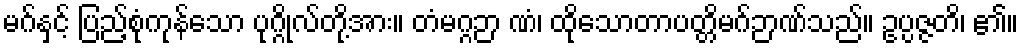
မဂ်နှင့် ပြည့်စုံကုန်သော ပုဂ္ဂိုလ်တို့အား။ တံမဂ္ဂဉာ ဏံ၊ ထိုသောတာပတ္တိမဂ်ဉာဏ်သည်။ ဥပ္ပဇ္ဇတိ၊ ၏။